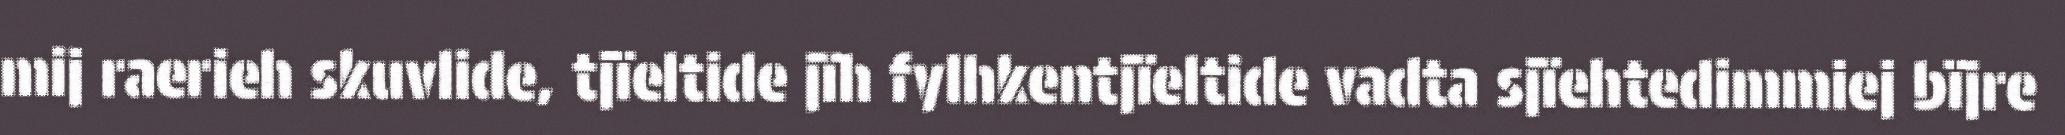
mij raerieh skuvlide, tjïeltide jïh fylhkentjïeltide vadta sjïehtedimmiej bïjre